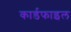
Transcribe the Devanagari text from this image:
कार्डफाइल